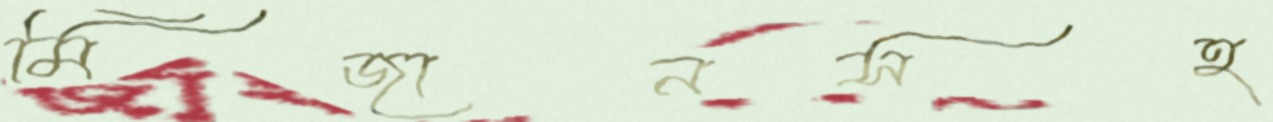
মিজানসহ